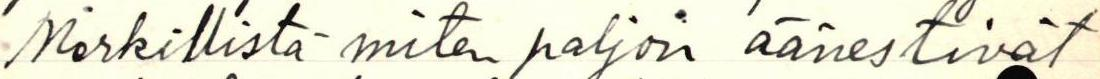
Merkillistä miten paljon äänestivät